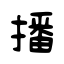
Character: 播